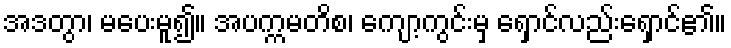
အဒတွာ၊ မပေးမူ၍။ အပက္ကမတိစ၊ ကျော့ကွင်းမှ ရှောင်လည်းရှောင်၏။